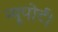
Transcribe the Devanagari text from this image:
न्यूपोर्ट।